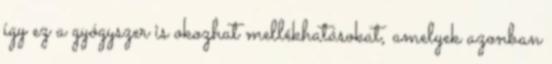
így ez a gyógyszer is okozhat mellékhatásokat, amelyek azonban